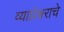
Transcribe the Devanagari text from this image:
व्याघ्रेश्वराचे